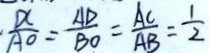
\cdot \frac { D C } { A O } = \frac { A D } { B O } = \frac { A C } { A B } = \frac { 1 } { 2 }